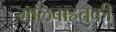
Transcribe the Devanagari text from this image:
मालवाहतुकी